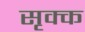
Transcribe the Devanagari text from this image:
सृक्क